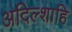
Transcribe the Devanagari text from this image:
अदिल्शाहि